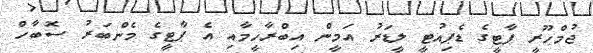
ޖުމްހޫރީ ޕާޓީގެ ޑެޕިއުޓީ ލީޑަރު އަމީން އިބްރާހީމާއި އެ ޕާޓީގެ މެންބަރު ސޮބާހް